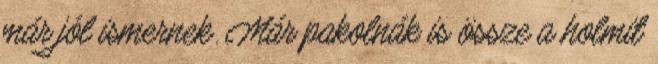
már jól ismernek. Már pakolnák is össze a holmit